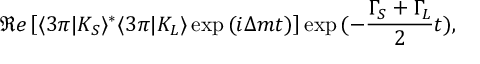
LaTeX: { \Re e } \left[ \langle 3 \pi \vert K _ { S } \rangle ^ { * } \langle 3 \pi \vert K _ { L } \rangle \exp { ( i \Delta m t ) } \right] \exp { ( - \frac { \Gamma _ { S } + \Gamma _ { L } } { 2 } t ) } ,